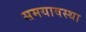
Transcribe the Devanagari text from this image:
समयावस्था